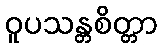
ဝူပသန္တစိတ္တာ